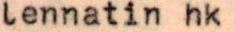
lennatin hk